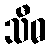
သီဓ